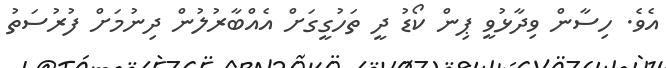
އެވެ. ހިސާން ވިދާޅުވީ ޕިން ކޯޑު ދީ ތަހުގީގަށް އެއްބާރުލުން ދިނުމަށް ފުރުސަތު